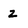
Character: z